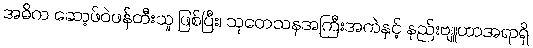
အဓိက ဆော့ဖ်ဝဲဖန်တီးသူ ဖြစ်ပြီး၊ သုတေသနအကြီးအကဲနှင့် နည်းဗျူဟာအရာရှိ